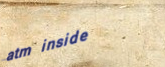
atm inside